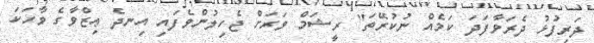
ދަރިފުޅު ދެރަވާފަދަ ކަމެއް ނުކުރޭތަ" ރީޝަމް ވަރަށް ޖެހިލުންވެފައި އިނދެ ޢިޒްވާގެ ވާހަކަ